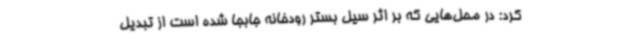
کرد: در محل‌هایی که بر اثر سیل بستر رودخانه جابجا شده است از تبدیل